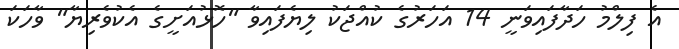
އެ ފިލްމު ހަދާފައިވަނީ 14 އަހަރުގެ ކުއްޖަކު ލިޔެފައިވާ "ހޮޅުއަށީގެ އެކުވެރިޔާ" ވާހަކަ